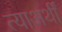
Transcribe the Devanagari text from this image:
त्याअर्थीं